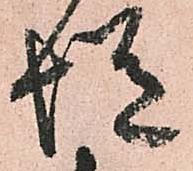
慥